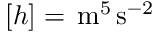
[ h ] = \, \mathrm { m } ^ { 5 } \, \mathrm { s } ^ { - 2 }